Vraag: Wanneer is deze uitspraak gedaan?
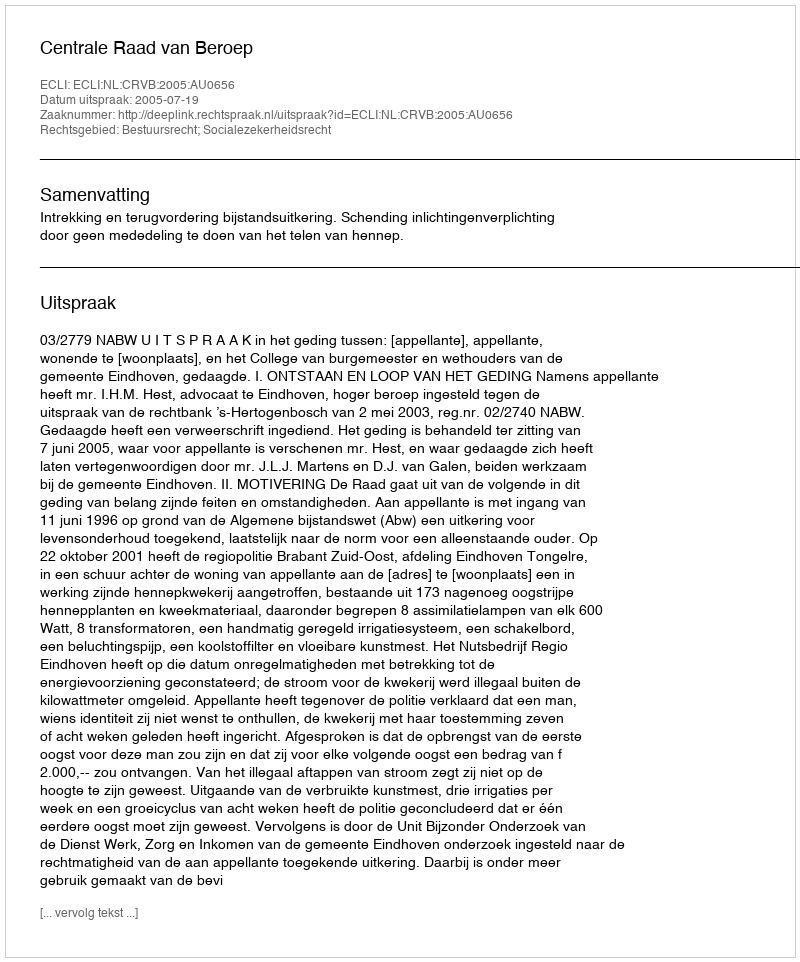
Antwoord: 2005-07-19